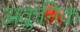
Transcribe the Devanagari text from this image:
अक्लनिक